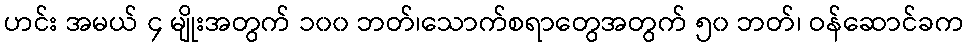
ဟင်း အမယ် ၄ မျိုးအတွက် ၁၀၀ ဘတ်၊သောက်စရာတွေအတွက် ၅၀ ဘတ်၊ ဝန်ဆောင်ခက